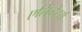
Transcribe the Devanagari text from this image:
एलिव्हेटर्स